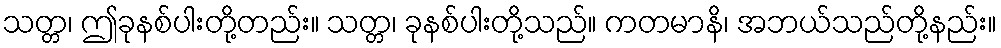
သတ္တ၊ ဤခုနစ်ပါးတို့တည်း။ သတ္တ၊ ခုနစ်ပါးတို့သည်။ ကတမာနိ၊ အဘယ်သည်တို့နည်း။